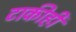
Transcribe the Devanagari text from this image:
टाकीही